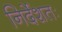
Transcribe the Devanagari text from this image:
निर्देशतः